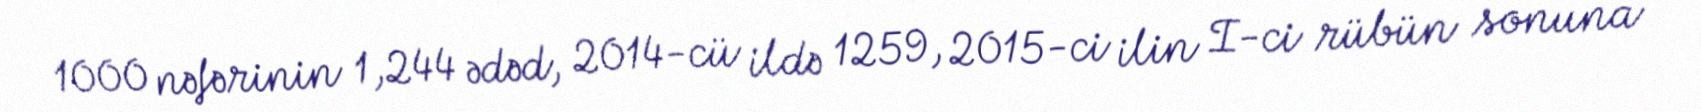
1000 nəfərinin 1,244 ədəd, 2014-cü ildə 1259, 2015-ci ilin I-ci rübün sonuna